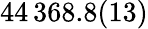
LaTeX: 44\, 368.8(13)